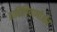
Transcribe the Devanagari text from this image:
ताहिलियाणीऔर